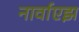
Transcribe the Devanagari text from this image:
नार्वाएझ